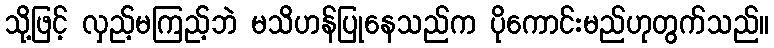
သို့ဖြင့် လှည့်မကြည့်ဘဲ မသိဟန်ပြုနေသည်က ပိုကောင်းမည်ဟုတွက်သည်။